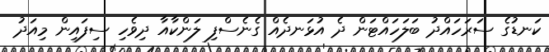
ކަނޑުގެ ސަރަހައްދު ބަލަހައްޓަން ދެ އުޅަނދެއް ގެނެސްފި ލަންކާއާ ދިވެހި ސިފައިން މިއަދު